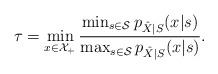
LaTeX: \begin{align*}\tau=\min\limits_{x\in\mathcal{X}_+}\frac{\min_{s\in\mathcal{S}}p_{\hat{X}|S}(x|s)}{\max_{s\in\mathcal{S}}p_{\hat{X}|S}(x|s)}.\end{align*}